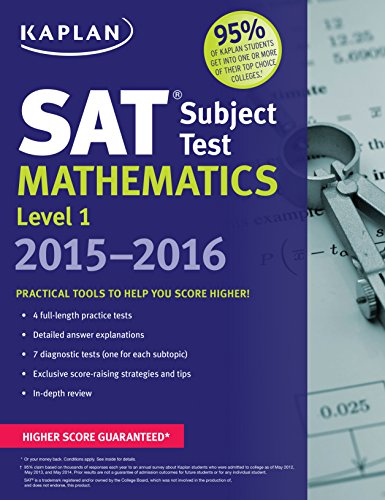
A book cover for Kaplan SAT Subject Test Mathematics Level 1 2015-2016 (Kaplan Test Prep); Kaplan; Test Preparation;